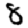
Digit: 8